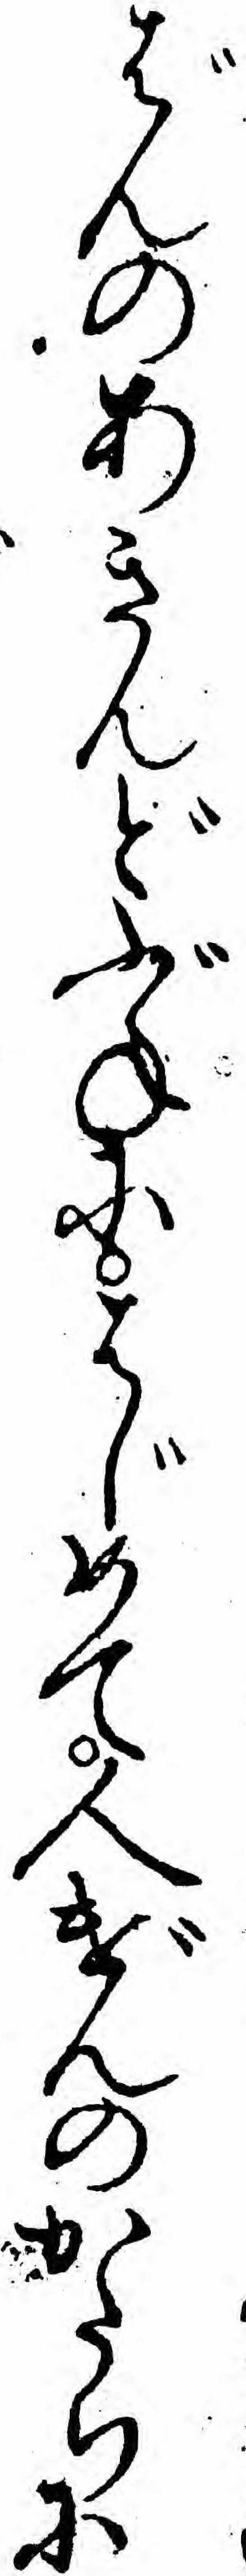
ばんのあきんどぶねにはじめて人げんのかたちに